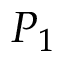
P _ { 1 }